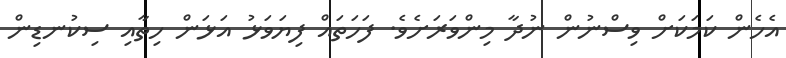
އެހެން ކަމަކަށް ވިސްނުން ނުދާ މިންވަރަށެވެ. ފަހަތައް ފިޔަވަޅު އަޅަން ހިތާއި ސިކުނޑިން